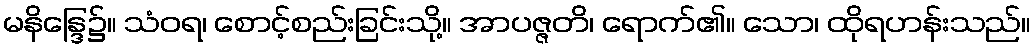
မနိန္ဒြေ၌။ သံဝရ၊ စောင့်စည်းခြင်းသို့။ အာပဇ္ဇတိ၊ ရောက်၏။ သော၊ ထိုရဟန်းသည်။